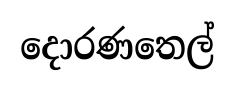
දොරණතෙල්